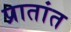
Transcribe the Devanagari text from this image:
प्रातांत